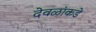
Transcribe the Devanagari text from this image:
देवळांकडे